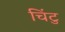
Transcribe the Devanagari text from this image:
चिंटु